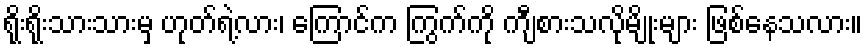
ရိုးရိုးသားသားမှ ဟုတ်ရဲ့လား၊ ကြောင်က ကြွက်ကို ကျီစားသလိုမျိုးများ ဖြစ်နေသလား။